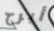
أبرح